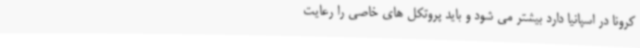
کرونا در اسپانیا دارد بیشتر می شود و باید پروتکل های خاصی را رعایت